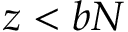
z < b N